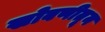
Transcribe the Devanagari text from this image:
खोबणीतून